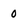
Character: 0